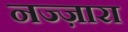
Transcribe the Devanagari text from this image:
नज्ज़ारा